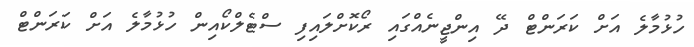
ހުޅުމާލެ އަށް ކަރަންޓް ދޭ އިންޖީނެއްގައި ރޯކޮށްލައިިފި ސްޓެލްކޯއިން ހުޅުމާލެ އަށް ކަރަންޓްް